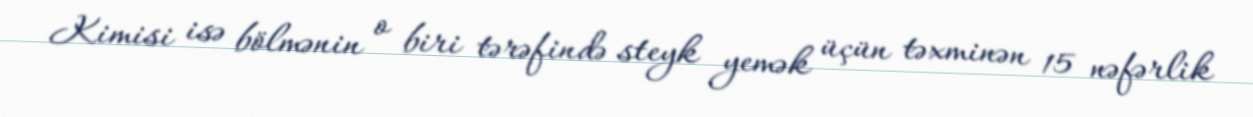
Kimisi isə bölmənin o biri tərəfində steyk yemək üçün təxminən 15 nəfərlik